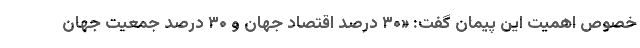
خصوص اهمیت این پیمان گفت: «۳۰ درصد اقتصاد جهان و ۳۰ درصد جمعیت جهان